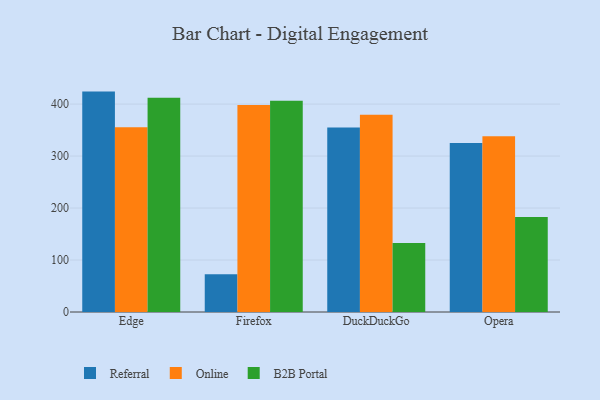
{"axis": {"x": "Browser", "y": "Humidity (%)"}, "legend": ["B2B Portal", "Online", "Referral"], "data": [{"x": "Edge", "y": 424.0, "type": "Referral"}, {"x": "Edge", "y": 355.2, "type": "Online"}, {"x": "Edge", "y": 412.1, "type": "B2B Portal"}, {"x": "Firefox", "y": 72.6, "type": "Referral"}, {"x": "Firefox", "y": 398.4, "type": "Online"}, {"x": "Firefox", "y": 406.5, "type": "B2B Portal"}, {"x": "DuckDuckGo", "y": 354.8, "type": "Referral"}, {"x": "DuckDuckGo", "y": 379.7, "type": "Online"}, {"x": "DuckDuckGo", "y": 132.7, "type": "B2B Portal"}, {"x": "Opera", "y": 324.9, "type": "Referral"}, {"x": "Opera", "y": 337.9, "type": "Online"}, {"x": "Opera", "y": 182.6, "type": "B2B Portal"}]}